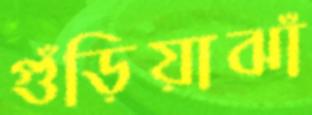
গুঁড়িয়াঝাঁ